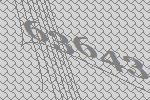
63643